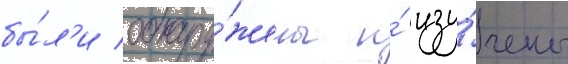
бы́л'и обнару́жены и́ изу́чены